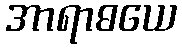
အာရာဓယေ